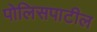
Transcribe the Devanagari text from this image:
पोलिसपाटील